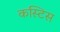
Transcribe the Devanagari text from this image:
कस्टिस